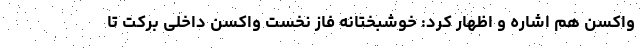
واکسن هم اشاره و اظهار کرد: خوشبختانه فاز نخست واکسن داخلی برکت تا